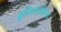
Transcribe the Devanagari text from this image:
सुविधांबरोबरच